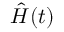
{ \hat { H } } ( t )